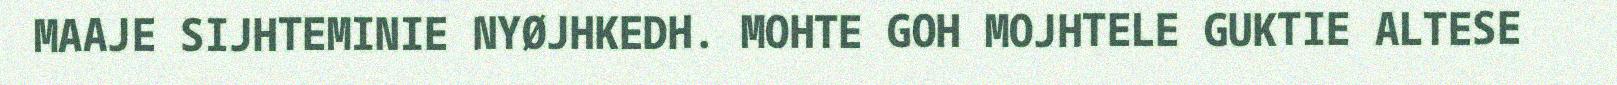
MAAJE SIJHTEMINIE NYØJHKEDH. MOHTE GOH MOJHTELE GUKTIE ALTESE